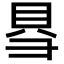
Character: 𮙱